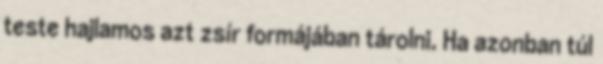
teste hajlamos azt zsír formájában tárolni. Ha azonban túl